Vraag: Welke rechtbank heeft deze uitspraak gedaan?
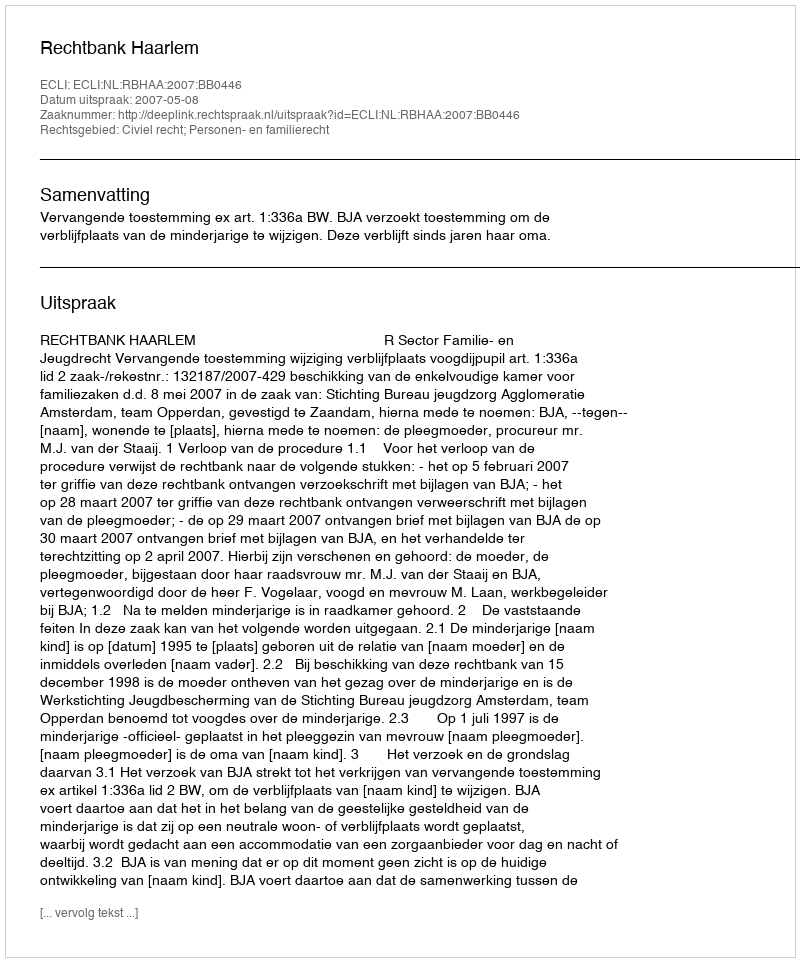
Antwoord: Rechtbank Haarlem